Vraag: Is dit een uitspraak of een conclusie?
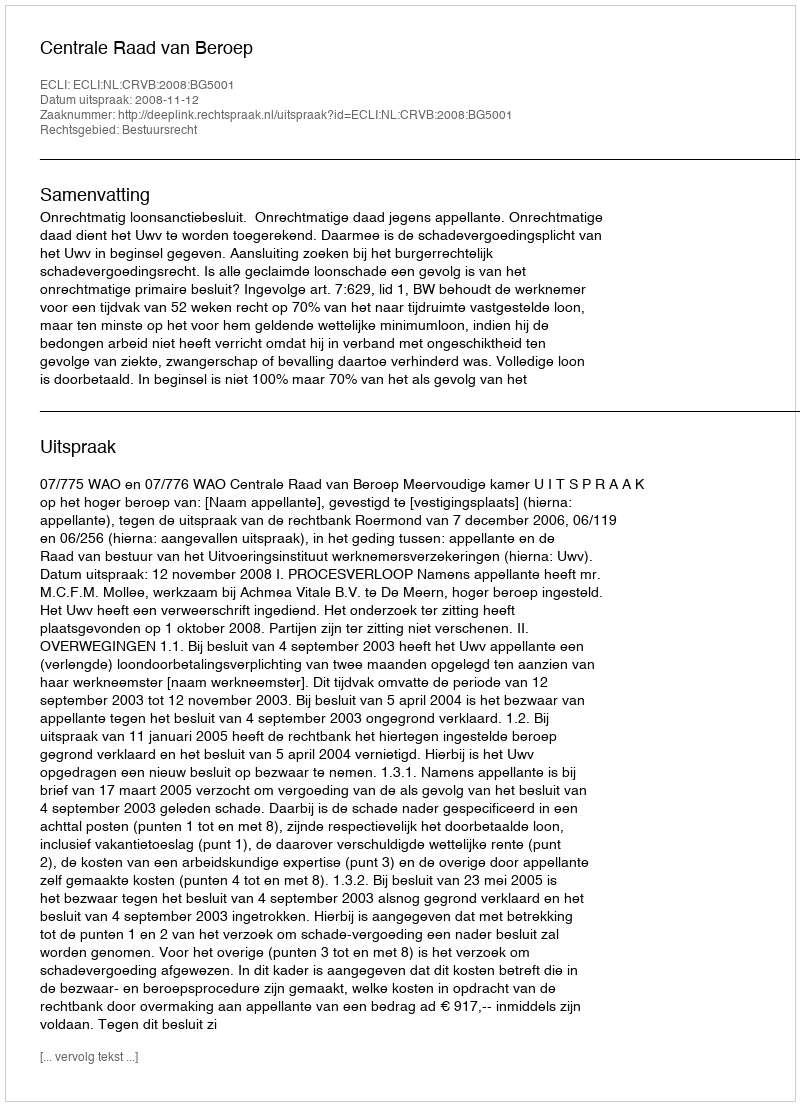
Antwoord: Uitspraak